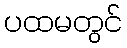
ပထမတွင်